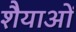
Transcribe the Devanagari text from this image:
शैैयाओं